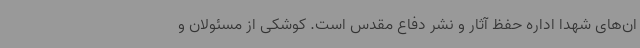
ان‌های شهدا اداره حفظ آثار و نشر دفاع مقدس است. کوشکی از مسئولان و